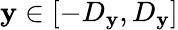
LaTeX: \mathbf{y}\in[-D_{\mathbf{y}},D_{\mathbf{y}}]